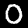
Label: 0